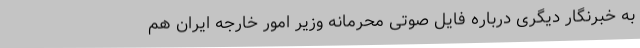
به خبرنگار دیگری درباره فایل صوتی محرمانه وزیر امور خارجه ایران هم